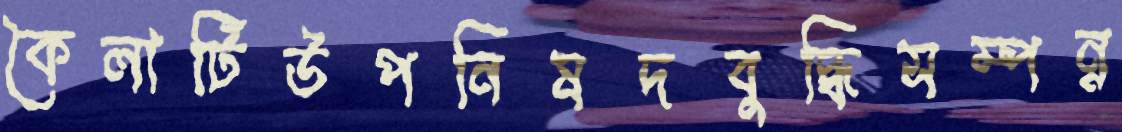
কৈলাটিউপনিষদবুদ্ধিসম্পন্ন